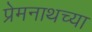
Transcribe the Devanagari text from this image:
प्रेमनाथच्या